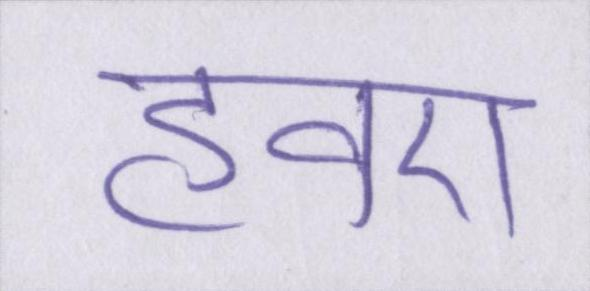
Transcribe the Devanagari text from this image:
हवए